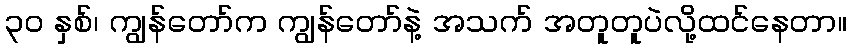
၃၀ နှစ်၊ ကျွန်တော်က ကျွန်တော်နဲ့ အသက် အတူတူပဲလို့ထင်နေတာ။